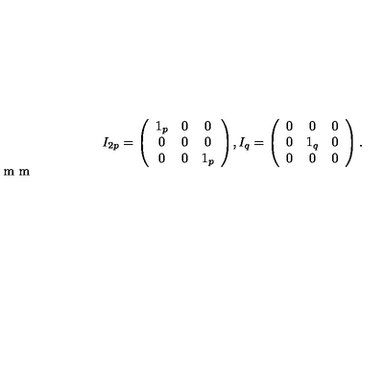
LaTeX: I _ { 2 p } = \left( \begin{array} { c c c } { 1 _ { p } } & { 0 } & { 0 } \\ { 0 } & { 0 } & { 0 } \\ { 0 } & { 0 } & { 1 _ { p } } \\ \end{array} \right) \! , I _ { q } = \left( \begin{array} { c c c } { 0 } & { 0 } & { 0 } \\ { 0 } & { 1 _ { q } } & { 0 } \\ { 0 } & { 0 } & { 0 } \\ \end{array} \right) . \vspace { 2 m m }